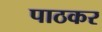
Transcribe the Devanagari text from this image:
पाठकर